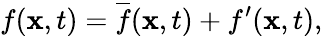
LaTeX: f(\mathbf{x},t)=\overline{{f}}(\mathbf{x},t)+f^{\prime}(\mathbf{x},t),